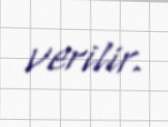
verilir.